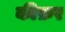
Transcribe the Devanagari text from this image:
कीफ़र